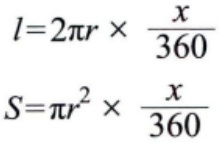
\[
l = 2\pi r\times\frac{x}{360}
\]
\[
S=\pi r^{2}\times\frac{x}{360}
\]